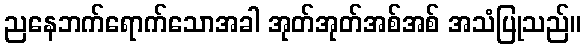
ညနေဘက်ရောက်သောအခါ အုတ်အုတ်အစ်အစ် အသံပြုသည်။